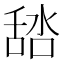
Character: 𦧞